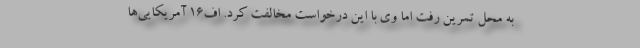
به محل تمرین رفت اما وی با این درخواست مخالفت کرد. اف۱۶ آمریکایی‌ها